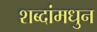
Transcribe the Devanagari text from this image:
शब्दांमधुन